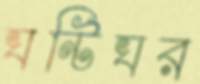
ঘণ্টিঘর